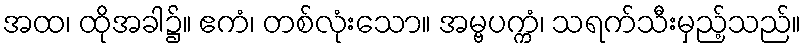
အထ၊ ထိုအခါ၌။ ဧကံ၊ တစ်လုံးသော။ အမ္ဗပက္ကံ၊ သရက်သီးမှည့်သည်။